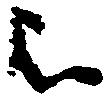
被